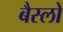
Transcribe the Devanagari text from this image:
बैस्लो